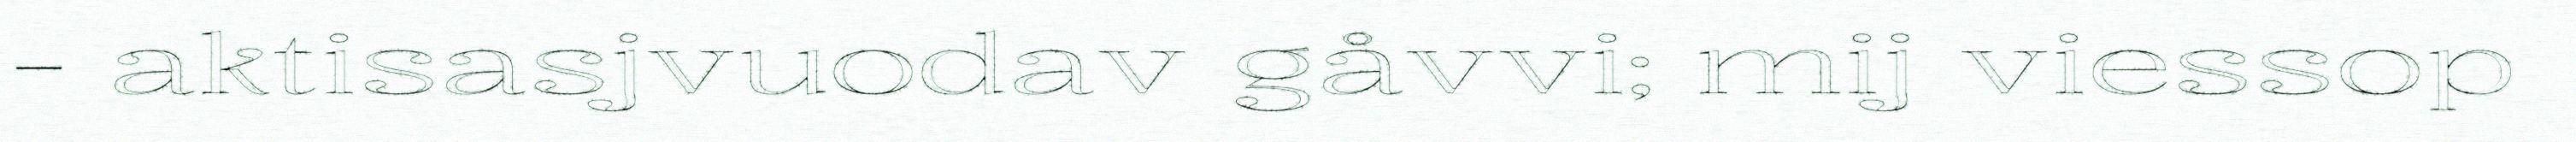
- aktisasjvuodav gåvvi; mij viessop